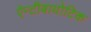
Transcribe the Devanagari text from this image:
ऐन्टीबायोटिक